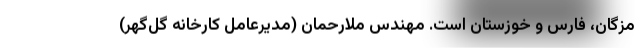
مزگان، فارس و خوزستان است. مهندس ملارحمان (مدیرعامل کارخانه گل‌گهر)